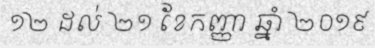
១២ ដល់ ២១ ខែកញ្ញា ឆ្នាំ ២០១៩